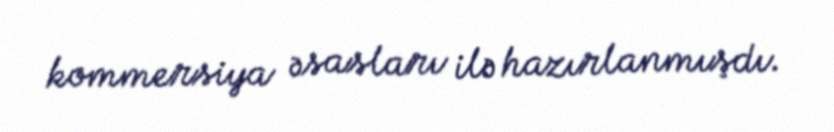
kommersiya əsasları ilə hazırlanmışdı.